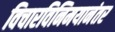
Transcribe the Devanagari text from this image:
विचारविनिमयानंतर